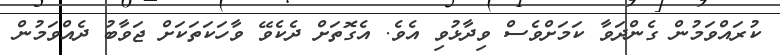
ކުރައްވަމުން ގެންދަވާ ކަމަށްވެސް ވިދާޅުވި އެވެ. އެގޮތަށް ދެކެވޭ ވާހަކަތަކަށް ޖަވާބު ދެއްވަމުން